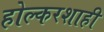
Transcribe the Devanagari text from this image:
होल्करशाही